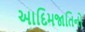
આદિમજાતિનો